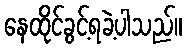
နေထိုင်ခွင့်ရခဲ့ပါသည်။